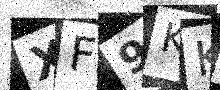
Text: XF9KKZ